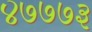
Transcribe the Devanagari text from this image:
४७७७३